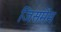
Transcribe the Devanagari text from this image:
जिसमेंम